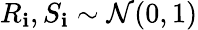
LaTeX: R_{\mathbf{i}},S_{\mathbf{i}}\sim\mathcal{{N}}(0,1)